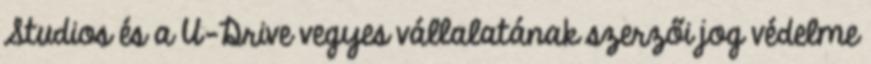
Studios és a U-Drive vegyes vállalatának szerzői jog védelme